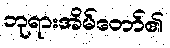
ဘုရားအိမ်တော်၏